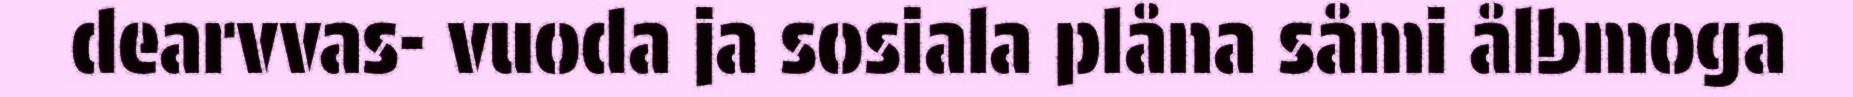
dearvvas- vuoda ja sosiala plåna såmi ålbmoga